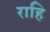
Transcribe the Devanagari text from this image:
राहि